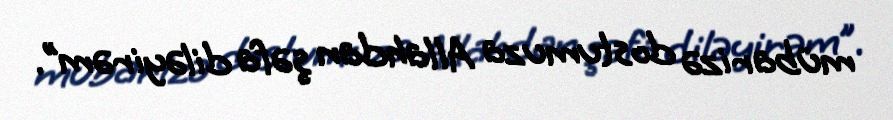
mübarizə dostumuza Allahdan şəfa diləyirəm”.